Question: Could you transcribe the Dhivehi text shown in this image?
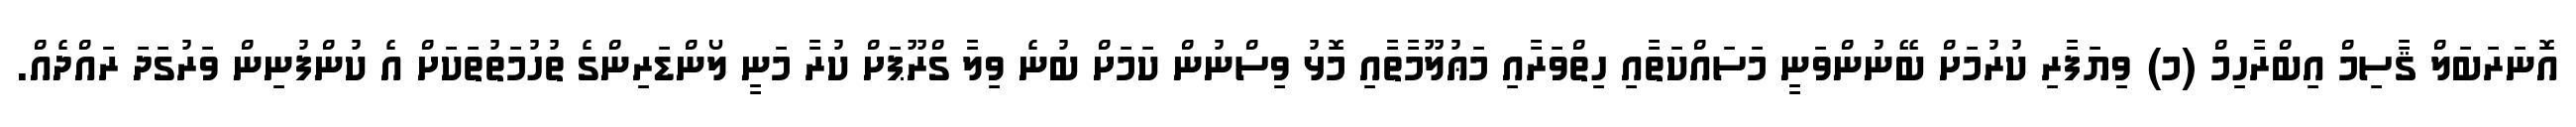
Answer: އޮނަރަބަލް ޤާސިމް އިބްރާހިމް (މ) ވިޔަފާރި ކުރުމަށް ބޭނުންވަނީ މަސައްކަތާއި ހިތްވަރާއި މަޢުލޫމާތާއި މޮޅު ވިސްނުން ކަމަށް ބުނެ ވިލާ ގްރޫޕަށް ކުރާ މަނީ ލޯންޑަރިންގެ ތުހުމަތުތަކަށް އެ ކުންފުނިން ވަރުގަދަ ރައްދެއް.